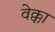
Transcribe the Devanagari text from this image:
वेक्का